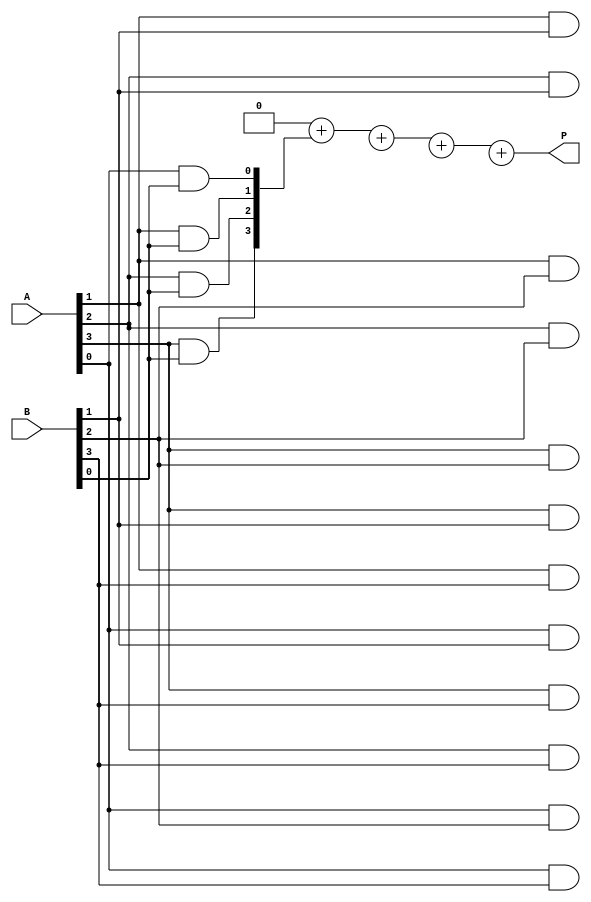
module array_multiplier #(parameter A_WIDTH = 4, B_WIDTH = 4) (
    input [A_WIDTH-1:0] A,  // m-bit input A
    input [B_WIDTH-1:0] B,  // n-bit input B
    output reg [A_WIDTH + B_WIDTH - 1:0] P // (m+n)-bit output P
);

    // Partial product array
    reg [A_WIDTH + B_WIDTH - 1:0] partial_products[B_WIDTH-1:0];

    integer i, j;

    // Generate partial products
    always @(*) begin
        // Initialize P to zero
        P = 0;

        // Generate partial products
        for (i = 0; i < B_WIDTH; i = i + 1) begin
            for (j = 0; j < A_WIDTH; j = j + 1) begin
                // AND each bit of A with each bit of B
                partial_products[i][j + i] = A[j] & B[i];
            end
        end

        // Sum the partial products
        for (i = 0; i < B_WIDTH; i = i + 1) begin
            P = P + partial_products[i];
        end
    end

endmodule